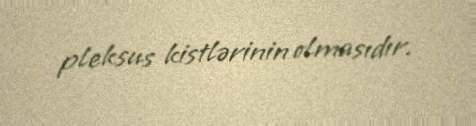
pleksus kistlərinin olmasıdır.